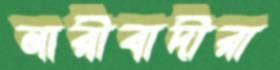
নারীবাদীরা